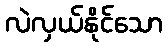
လဲလှယ်နိုင်သော